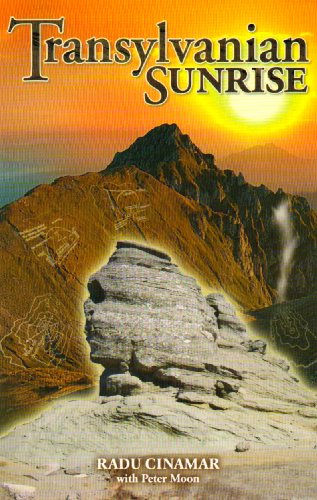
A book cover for Transylvanian Sunrise; Radu Cinamar; Religion & Spirituality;